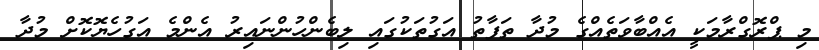
މި ޕްރޮގްރާމަކީ އެއްބާވަތެއްގެ މުދާ ތަފާތު އަގުތަކުގައި ލިބެންހުންނައިރު އެންމެ އަގުހެޔޮކޮށް މުދާ